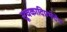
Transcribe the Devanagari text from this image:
सूचकादिप्रभेदेन